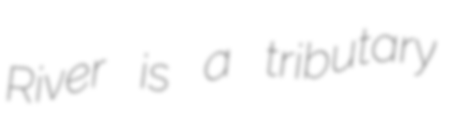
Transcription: River is a tributary